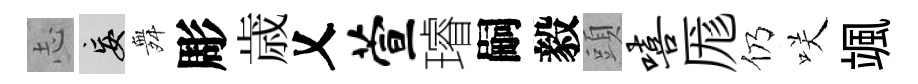
𢖽妄舞彫歳乂萱璿嗣毅頭嘻厖仍咲颯